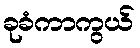
ခုခံကာကွယ်